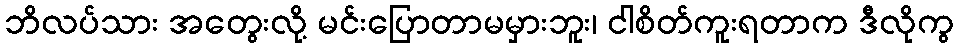
ဘိလပ်သား အတွေးလို့ မင်းပြောတာမမှားဘူး၊ ငါစိတ်ကူးရတာက ဒီလိုကွ